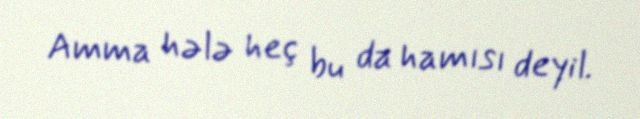
Amma hələ heç bu da hamısı deyil.